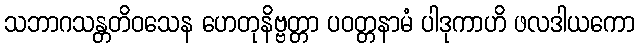
သဘာဂသန္တတိဝသေန ဟေတုနိဗ္ဗတ္တာ ပဝတ္တနာမံ ပါဒုကာဟိ ဖလဒါယကော